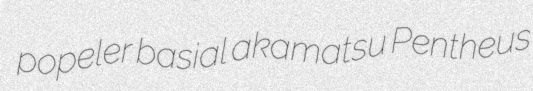
popeler basial akamatsu Pentheus